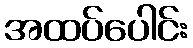
အထပ်ပေါင်း